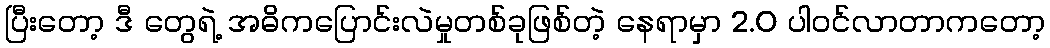
ပြီးတော့ ဒီ တွေရဲ့ အဓိကပြောင်းလဲမှုတစ်ခုဖြစ်တဲ့ နေရာမှာ 2.0 ပါဝင်လာတာကတော့